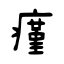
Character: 瘽